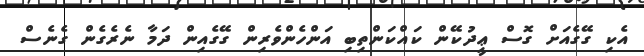
އެކި ގޭގެއަށް ގޮސް ޢީދުކޭން ކައްކަންތިބި އަންހެންވެރިން ގޭގެއިން ދަމާ ނެރެގެން ގެނެސް